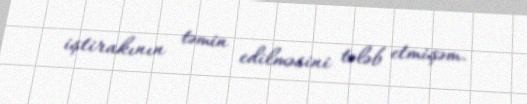
iştirakının təmin edilməsini tələb etmişəm.